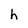
Character: h